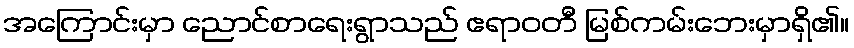
အကြောင်းမှာ ညောင်စာရေးရွာသည် ဧရာဝတီ မြစ်ကမ်းဘေးမှာရှိ၏။